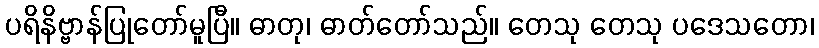
ပရိနိဗ္ဗာန်ပြုတော်မူပြီ။ ဓာတု၊ ဓာတ်တော်သည်။ တေသု တေသု ပဒေသတော၊